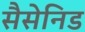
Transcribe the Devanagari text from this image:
सैसेनिड